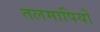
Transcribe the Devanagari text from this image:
तलमापियों